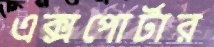
এক্সপোর্টার